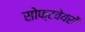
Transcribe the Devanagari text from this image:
सोफ्टवेयरों